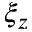
\xi _ { z }